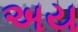
અય